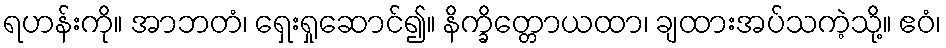
ရဟန်းကို။ အာဘတံ၊ ရှေးရှုဆောင်၍။ နိက္ခိတ္တောယထာ၊ ချထားအပ်သကဲ့သို့။ ဧဝံ၊